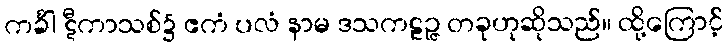
ကင်္ခါ ဋီကာသစ်၌ ဧကံ ပလံ နာမ ဒသကဠဉ္ဇ တခုဟုဆိုသည်။ ထို့ကြောင့်